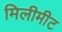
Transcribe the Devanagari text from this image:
मिलीमीट